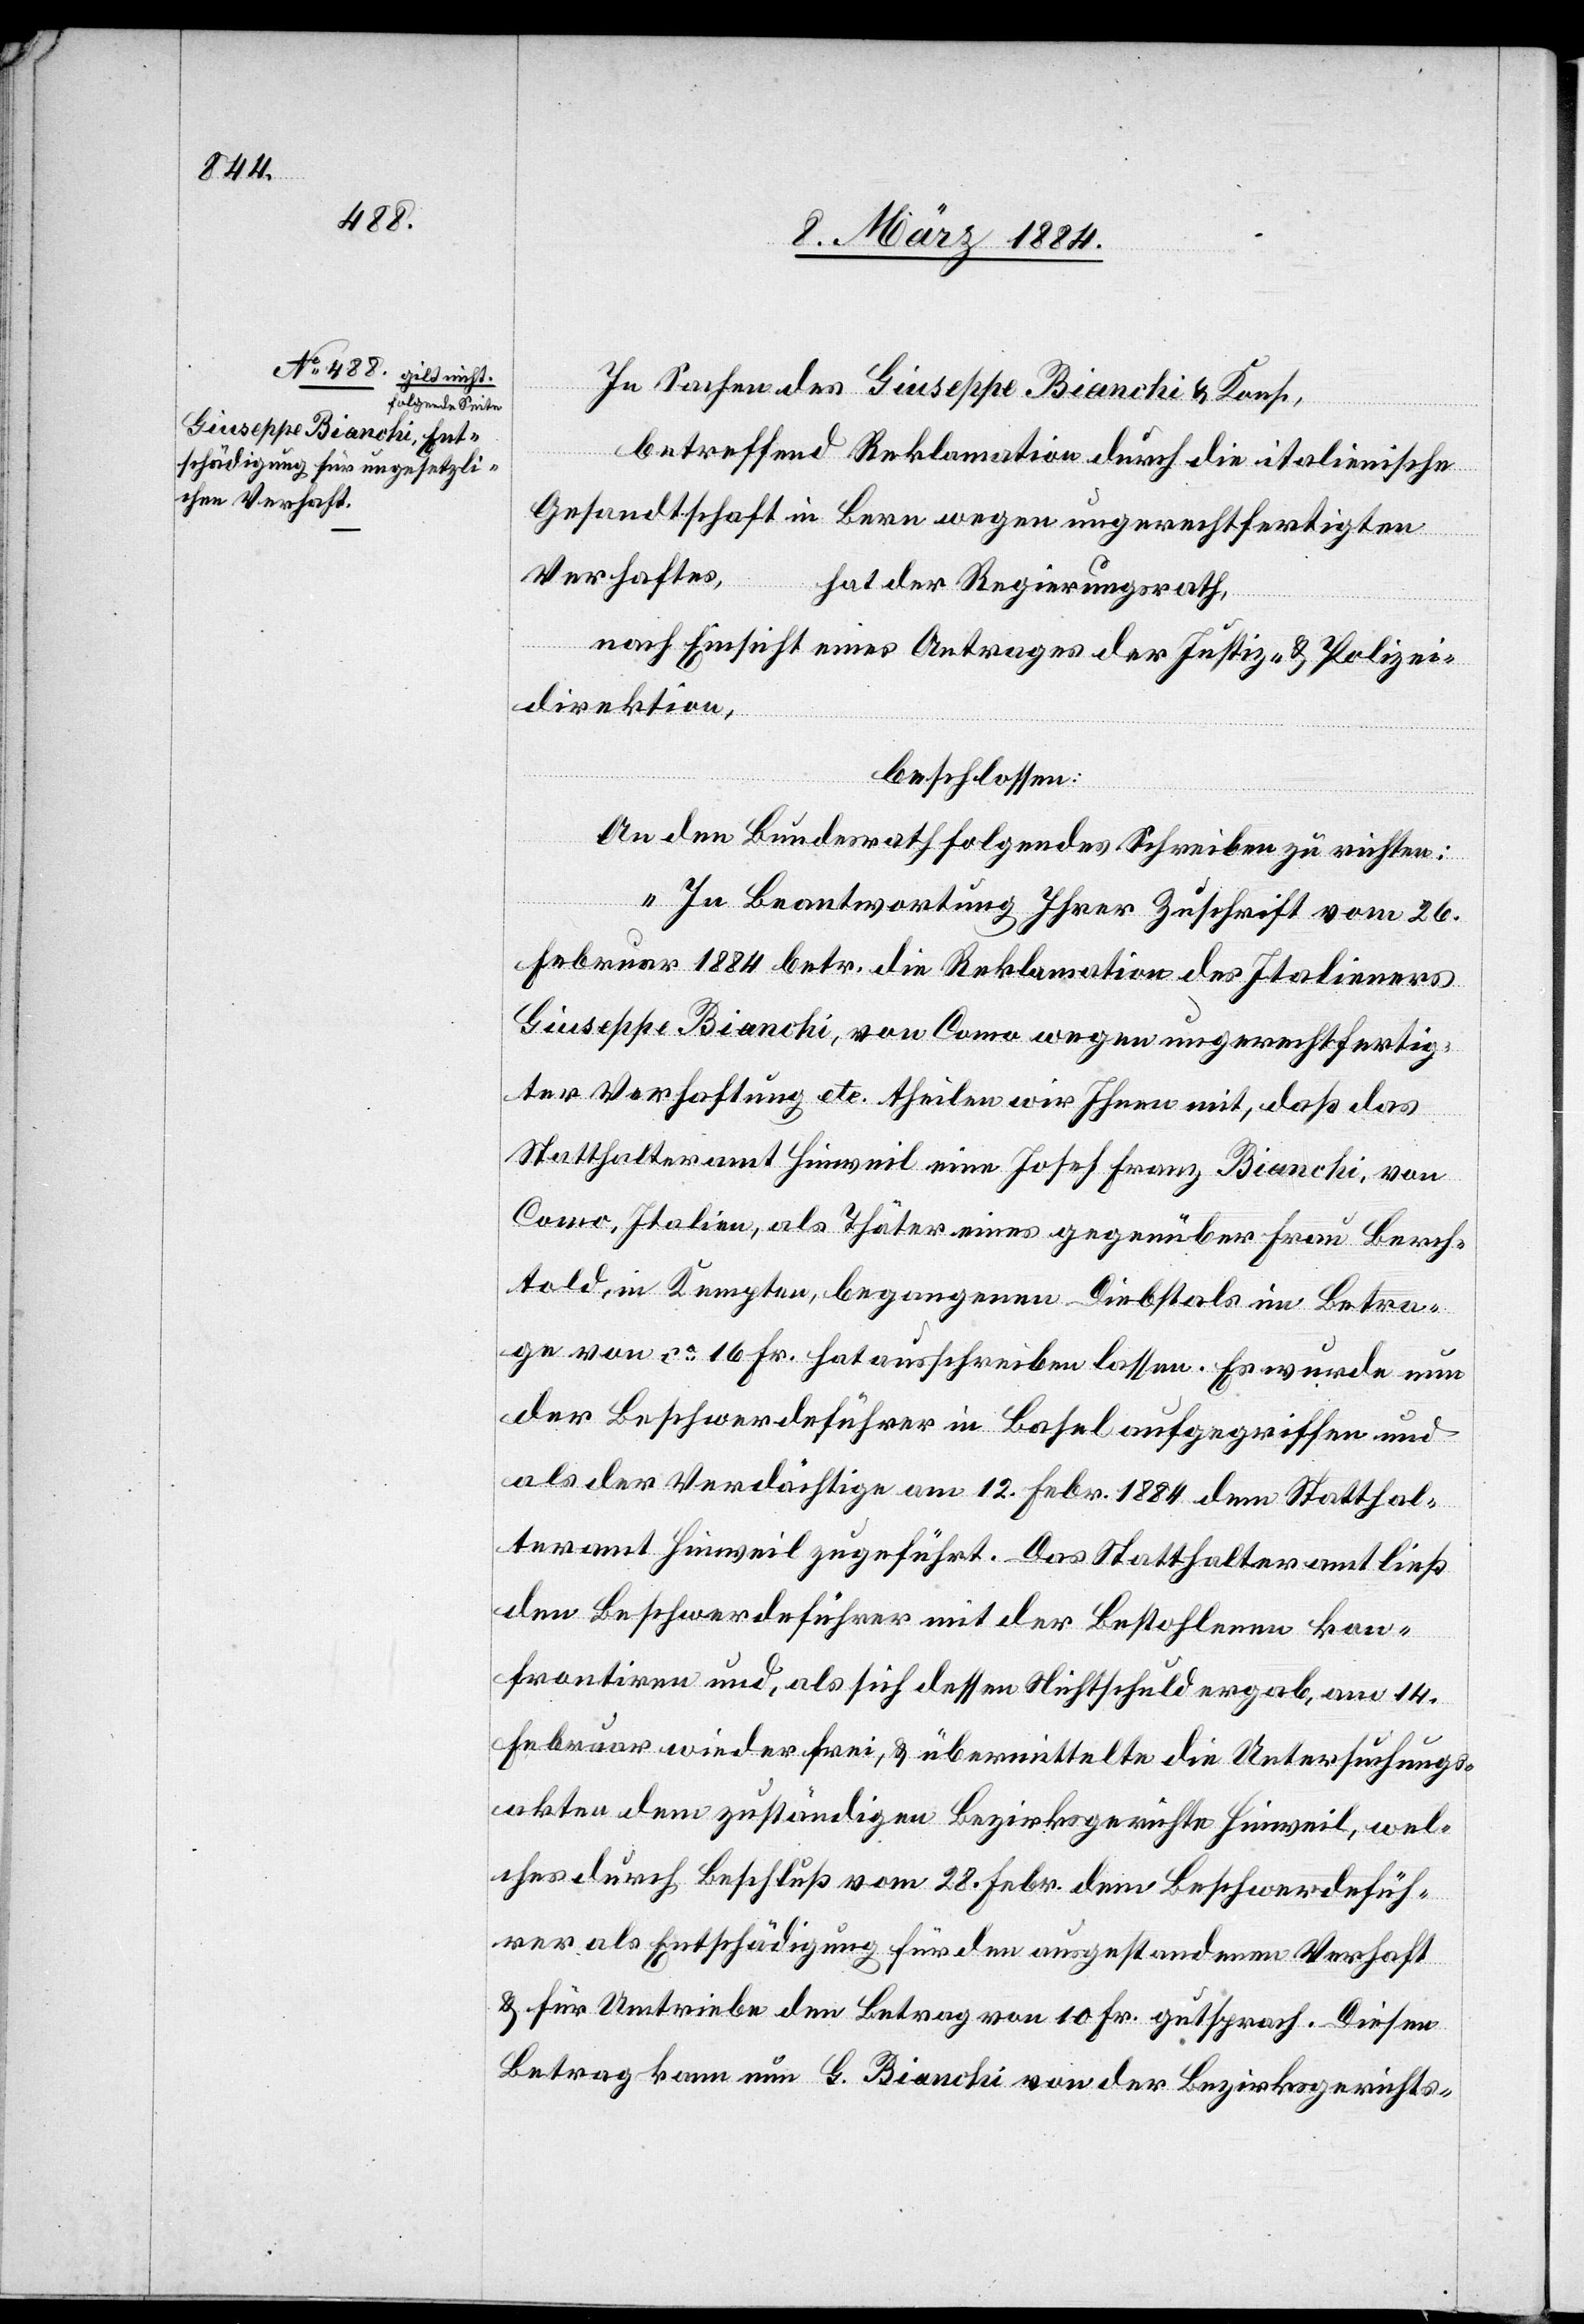
In Sachen des Giuseppe Bianchi & Kons.,
betreffend Reklamation durch die italienische
Gesandtschaft in Bern wegen ungerechtfertigten
Verhafts,
hat der Regierungsrath
nach Einsicht eines Antrages der Justiz- & Polizei¬
direktion,
beschlossen:
An den Bundesrath folgendes Schreiben zu richten:
„In Beantwortung Ihrer Zuschrift vom 26.
Februar 1884 betr. die Reklamation des Italieners
Giuseppe Bianchi, von Como wegen ungerechtfertig¬
ter Verhaftung etc. theilen wir Ihnen mit, daß das
Statthalteramt Hinweil einen Josef Franz Bianchi, von
Como, Italien, als Thäter eines gegenüber Frau Berch¬
told, in Kempten, begangenen Diebstals im Betra¬
ge von ca 16 Fr. hat ausschreiben lassen. Es wurde nun
der Beschwerdeführer in Basel aufgegriffen und
als der Verdächtige am 12. Febr. 1884 dem Statthal¬
teramt Hinweil zugeführt. Das Statthalteramt ließ
den Beschwerdeführer mit der Bestohlenen kon¬
frontiren und, als sich dessen Nichtschuld ergab, am 14.
Februar wieder frei, & übermittelte die Untersuchungs¬
akten dem zuständigen Bezirksgerichte Hinweil, wel¬
ches durch Beschluß vom 28. Febr. dem Beschwerdefüh¬
rer als Entschädigung für den ausgestandenen Verhaft
& für Umtriebe den Betrag von 10 Fr. gutsprach. Diesen
Betrag kann nun G. Bianchi von der Bezirksgericht-